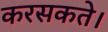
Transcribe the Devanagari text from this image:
करसकते।